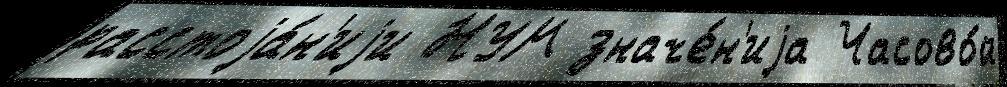
расстоjа́н'иjи НУМ значе́н'иjа Часово́й